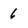
Character: 6